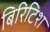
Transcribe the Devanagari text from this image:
बिरिटिश